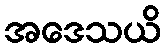
အဒေသယိ